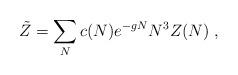
LaTeX: \begin{align*}\tilde{Z} = \sum_N c(N) e^{-g N} N^3 Z(N) \; ,\end{align*}